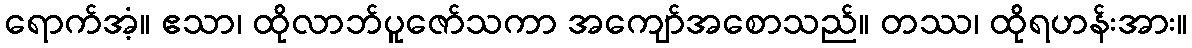
ရောက်အံ့။ ဧသာ၊ ထိုလာဘ်ပူဇော်သကာ အကျော်အစောသည်။ တဿ၊ ထိုရဟန်းအား။